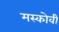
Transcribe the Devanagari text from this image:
मस्कोवी